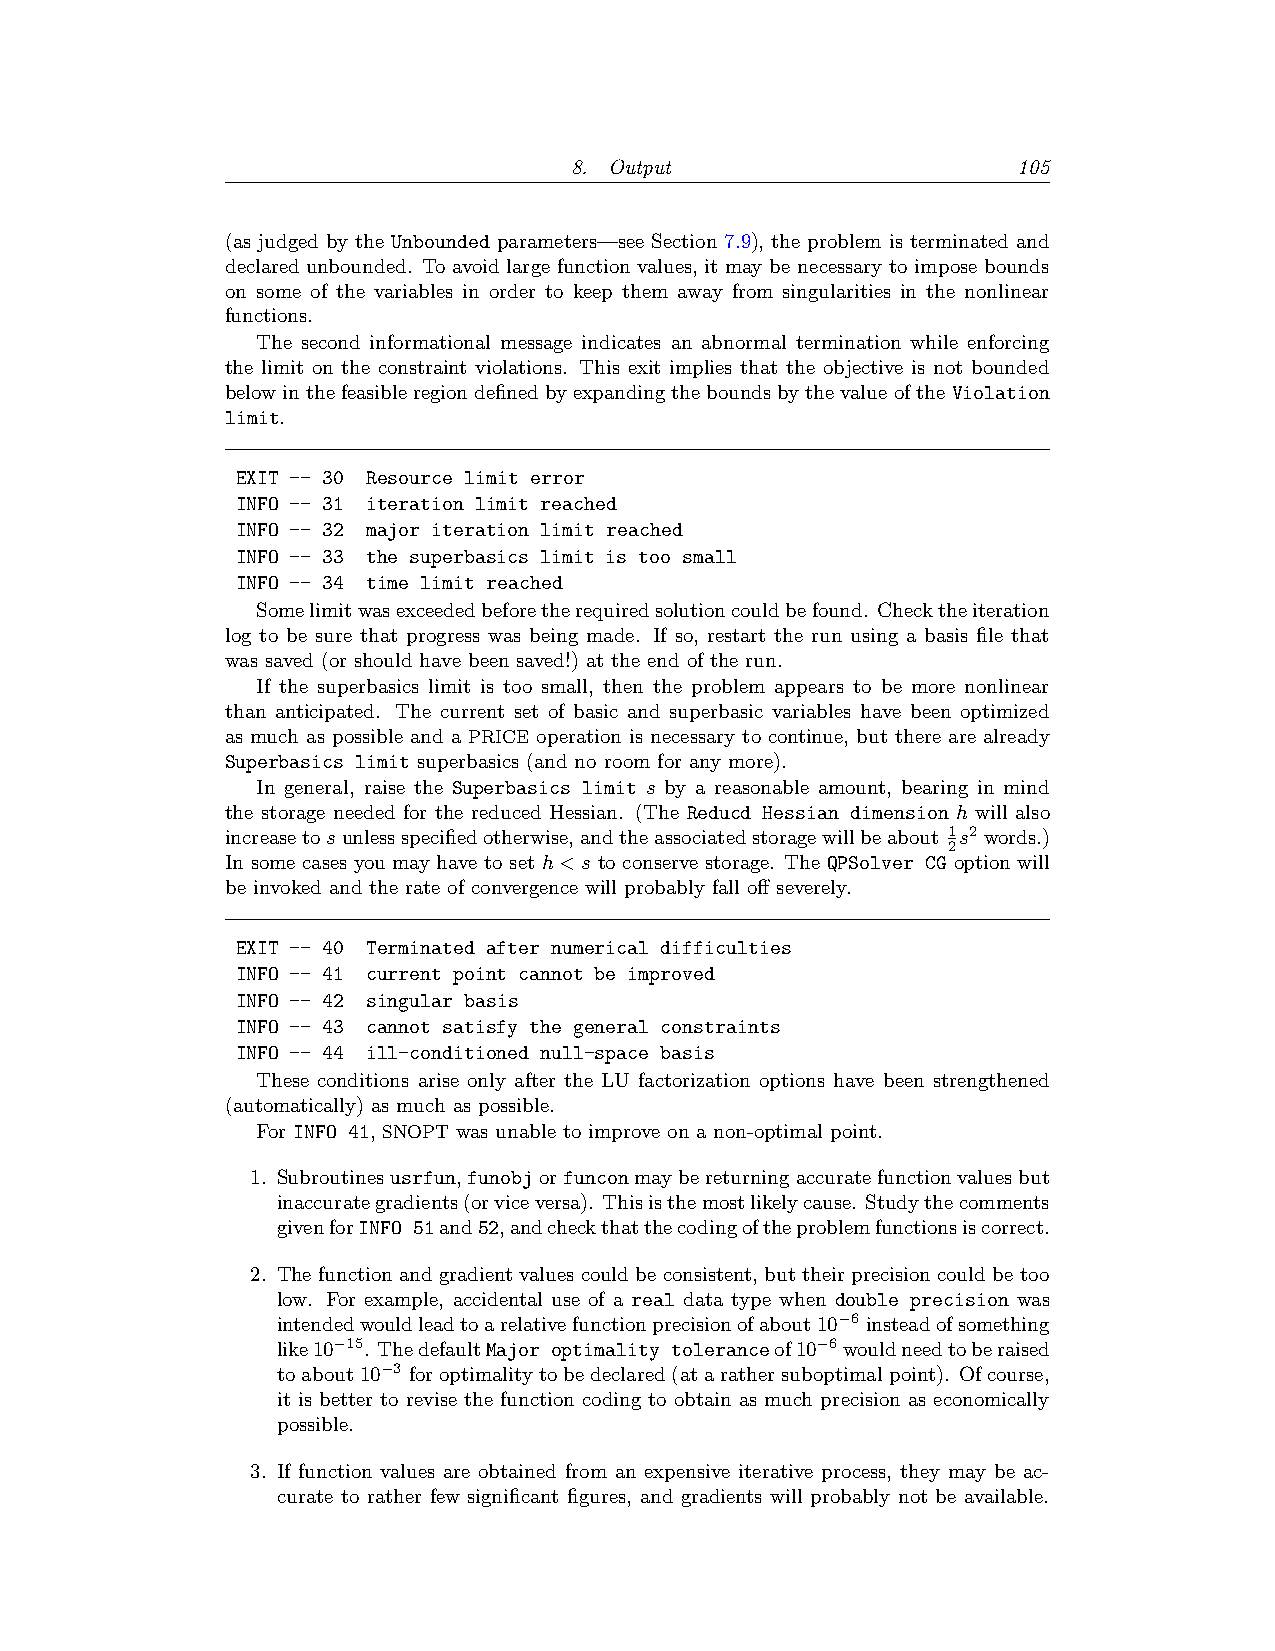
8. Output                    105
 (as judged by the Unbounded parameters—see Section 7.9), the problem is terminated and
 declared unbounded. To avoid large function values, it may be necessary to impose bounds
 on some of the variables in order to keep them away from singularities in the nonlinear
 functions.
 The second informational message indicates an abnormal termination while enforcing
 the limit on the constraint violations. This exit implies that the objective is not bounded
 belowinthefeasibleregiondefinedbyexpandingtheboundsbythevalueoftheViolation
 limit.
 EXIT -- 30 Resource limit error
 INFO -- 31 iteration limit reached
 INFO -- 32 major iteration limit reached
 INFO -- 33 the superbasics limit is too small
 INFO -- 34 time limit reached
 Somelimitwasexceededbeforetherequiredsolutioncouldbefound. Checktheiteration
 log to be sure that progress was being made. If so, restart the run using a basis file that
 was saved (or should have been saved!) at the end of the run.
 If the superbasics limit is too small, then the problem appears to be more nonlinear
 than anticipated. The current set of basic and superbasic variables have been optimized
 as much as possible and a PRICE operation is necessary to continue, but there are already
 Superbasics limit superbasics (and no room for any more).
 In general, raise the Superbasics limit s by a reasonable amount, bearing in mind
 the storage needed for the reduced Hessian. (The Reducd Hessian dimension h will also
 increasetosunlessspecifiedotherwise,andtheassociatedstoragewillbeabout 1s2 words.)
 2
 In some cases you may have to set h<s to conserve storage. The QPSolver CG option will
 be invoked and the rate of convergence will probably fall off severely.
 EXIT -- 40 Terminated after numerical difficulties
 INFO -- 41 current point cannot be improved
 INFO -- 42 singular basis
 INFO -- 43 cannot satisfy the general constraints
 INFO -- 44 ill-conditioned null-space basis
 These conditions arise only after the LU factorization options have been strengthened
 (automatically) as much as possible.
 For INFO 41, SNOPT was unable to improve on a non-optimal point.
 1. Subroutinesusrfun,funobjorfunconmaybereturningaccuratefunctionvaluesbut
 inaccurategradients(orviceversa). Thisisthemostlikelycause. Studythecomments
 givenforINFO 51and52,andcheckthatthecodingoftheproblemfunctionsiscorrect.
 2. The function and gradient values could be consistent, but their precision could be too
 low. For example, accidental use of a real data type when double precision was
 intendedwouldleadtoarelativefunctionprecisionofabout10−6 insteadofsomething
 like10−15. ThedefaultMajor optimality toleranceof10−6wouldneedtoberaised
 toabout10−3 foroptimalitytobedeclared(atarathersuboptimalpoint). Ofcourse,
 it is better to revise the function coding to obtain as much precision as economically
 possible.
 3. If function values are obtained from an expensive iterative process, they may be ac-
 curate to rather few significant figures, and gradients will probably not be available.